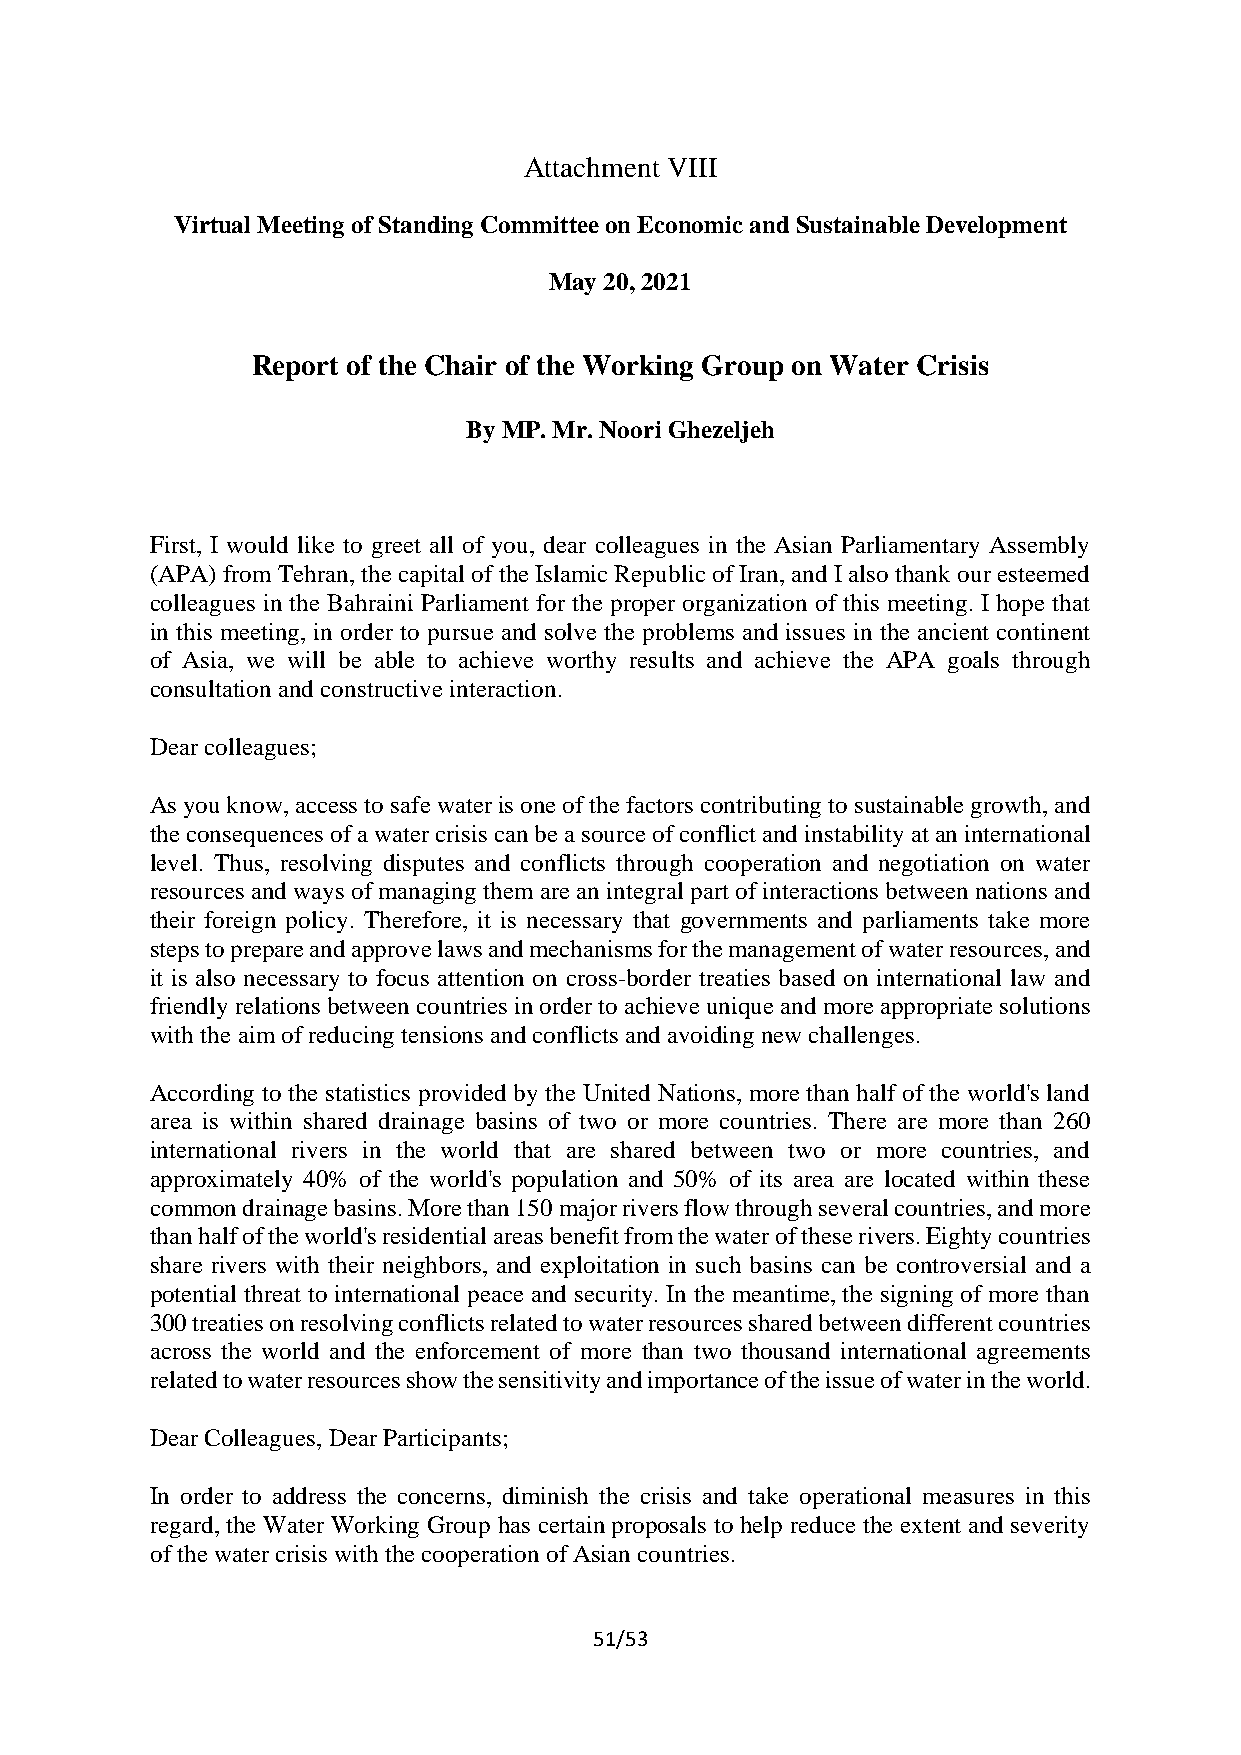
Attachment VIII
 Virtual Meeting of Standing Committee on Economic and Sustainable Development
 May 20, 2021
 Report of the Chair of the Working Group on Water Crisis
 By MP. Mr. Noori Ghezeljeh
 First, I would like to greet all of you, dear colleagues in the Asian Parliamentary Assembly
 (APA) from Tehran, the capital of the Islamic Republic of Iran, and I also thank our esteemed
 colleagues in the Bahraini Parliament for the proper organization of this meeting. I hope that
 in this meeting, in order to pursue and solve the problems and issues in the ancient continent
 of Asia, we will be able to achieve worthy results and achieve the APA goals through
 consultation and constructive interaction.
 Dear colleagues;
 As you know, access to safe water is one of the factors contributing to sustainable growth, and
 the consequences of a water crisis can be a source of conflict and instability at an international
 level. Thus, resolving disputes and conflicts through cooperation and negotiation on water
 resources and ways of managing them are an integral part of interactions between nations and
 their foreign policy. Therefore, it is necessary that governments and parliaments take more
 steps to prepare and approve laws and mechanisms for the management of water resources, and
 it is also necessary to focus attention on cross-border treaties based on international law and
 friendly relations between countries in order to achieve unique and more appropriate solutions
 with the aim of reducing tensions and conflicts and avoiding new challenges.
 According to the statistics provided by the United Nations, more than half of the world's land
 area is within shared drainage basins of two or more countries. There are more than 260
 international rivers in the world that are shared between two or more countries, and
 approximately 40% of the world's population and 50% of its area are located within these
 common drainage basins. More than 150 major rivers flow through several countries, and more
 than half of the world's residential areas benefit from the water of these rivers. Eighty countries
 share rivers with their neighbors, and exploitation in such basins can be controversial and a
 potential threat to international peace and security. In the meantime, the signing of more than
 300 treaties on resolving conflicts related to water resources shared between different countries
 across the world and the enforcement of more than two thousand international agreements
 related to water resources show the sensitivity and importance of the issue of water in the world.
 Dear Colleagues, Dear Participants;
 In order to address the concerns, diminish the crisis and take operational measures in this
 regard, the Water Working Group has certain proposals to help reduce the extent and severity
 of the water crisis with the cooperation of Asian countries.
 51/53